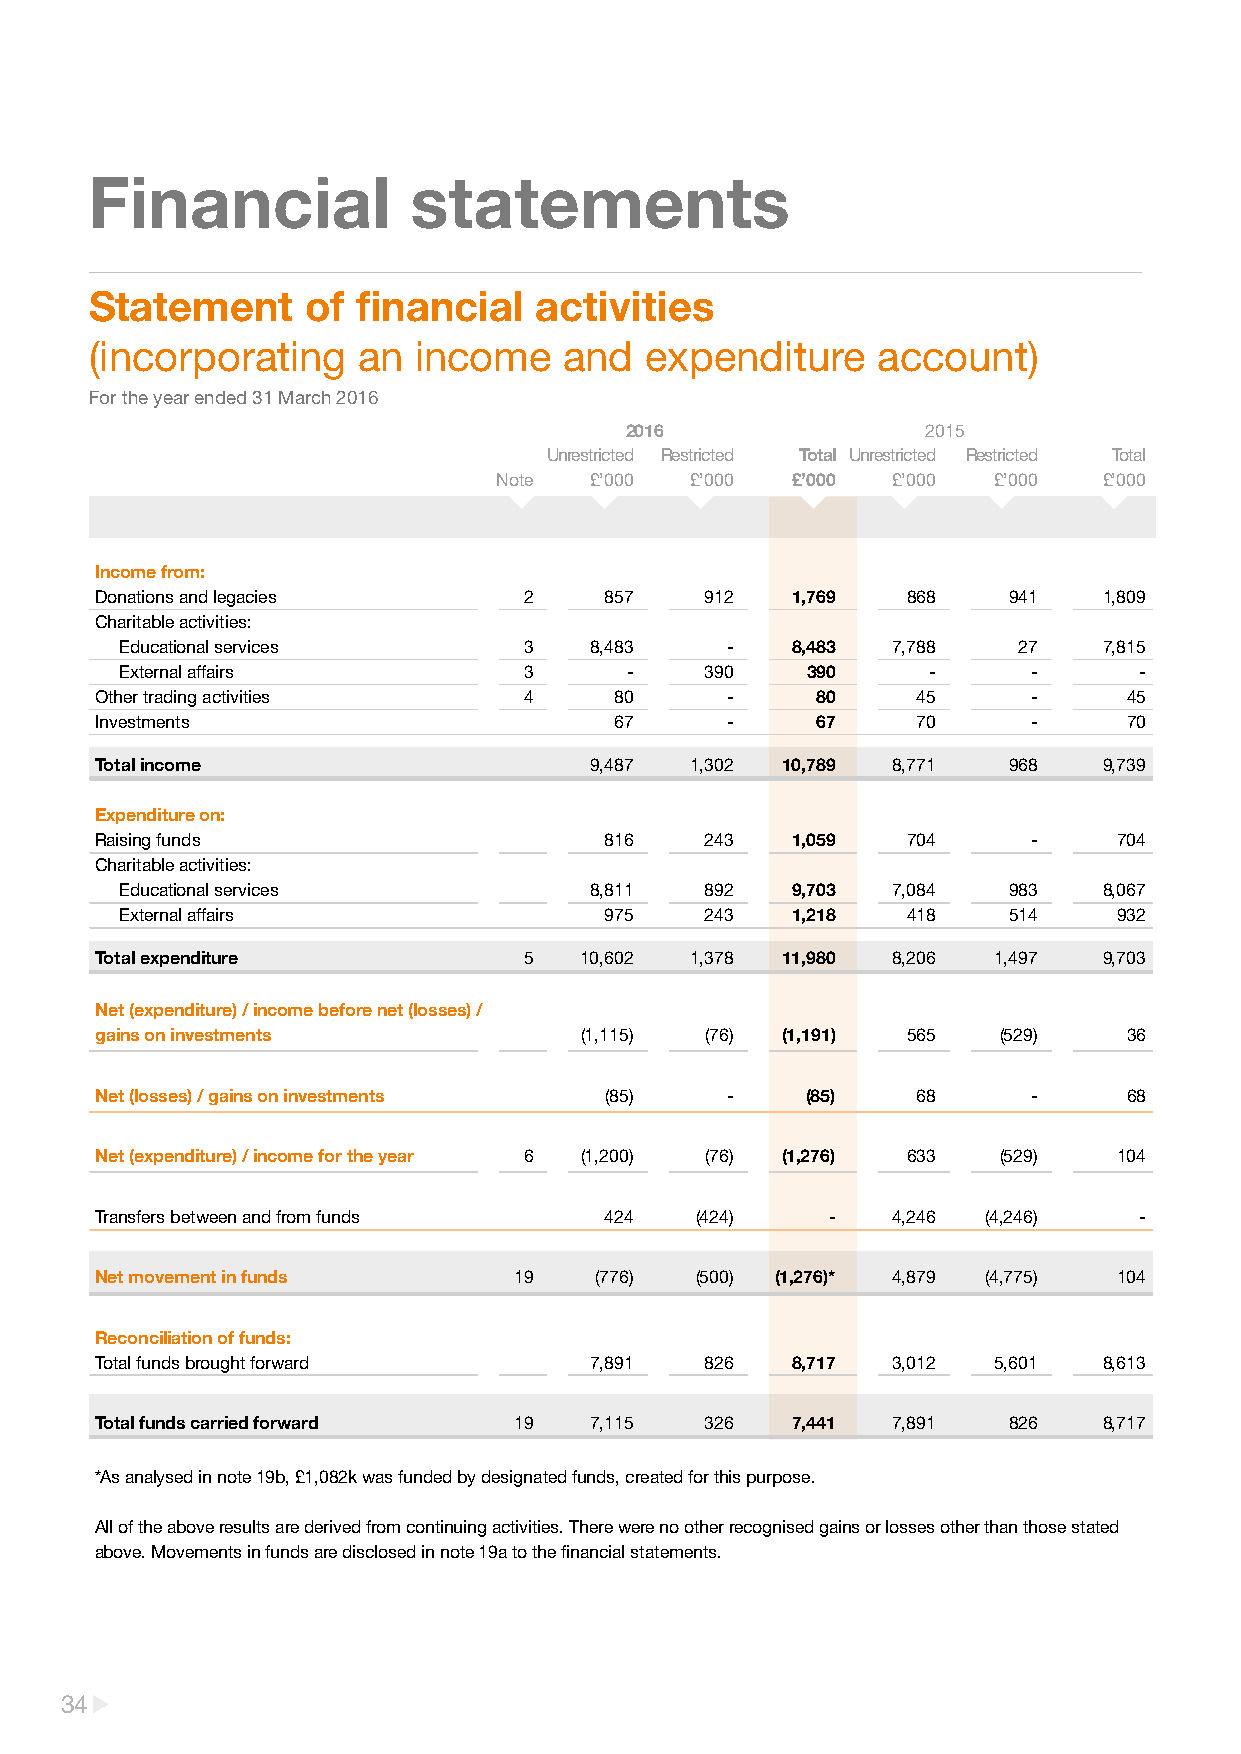
Financial            statements
 Statement     of  financial  activities
 (incorporating    an income    and   expenditure    account)
 For the year ended 31 March 2016
 2016                2015
 Unrestricted Restricted Total Unrestricted Restricted Total
 Note  £’000  £’000 £’000  £’000  £’000  £’000
 Income from:
 Donations and legacies       2    857    912  1,769   868    941   1,809
 Charitable activities:
 Educational services       3   8,483    -   8,483  7,788   27    7,815
 External affairs           3     -     390   390     -      -      -
 Other trading activities     4     80     -     80     45     -      45
 Investments                        67     -     67     70     -      70
 Total income                     9,487  1,302 10,789 8,771   968   9,739
 Expenditure on:
 Raising funds                     816    243  1,059   704     -     704
 Charitable activities:
 Educational services           8,811   892  9,703  7,084   983   8,067
 External affairs                975    243  1,218   418    514    932
 Total expenditure            5  10,602  1,378 11,980 8,206  1,497  9,703
 Net (expenditure) / income before net (losses) /
 gains on investments            (1,115)  (76) (1,191) 565   (529)    36
 Net (losses) / gains on investments (85)  -    (85)    68     -      68
 Net (expenditure) / income for the year 6 (1,200) (76) (1,276) 633 (529) 104
 Transfers between and from funds  424   (424)    -   4,246 (4,246)   -
 Net movement in funds       19   (776)  (500) (1,276)* 4,879 (4,775) 104
 Reconciliation of funds:
 Total funds brought forward      7,891   826  8,717  3,012  5,601  8,613
 Total funds carried forward 19   7,115   326  7,441  7,891   826   8,717
 *As analysed in note 19b, £1,082k was funded by designated funds, created for this purpose.
 All of the above results are derived from continuing activities. There were no other recognised gains or losses other than those stated
 above. Movements in funds are disclosed in note 19a to the financial statements.
 34